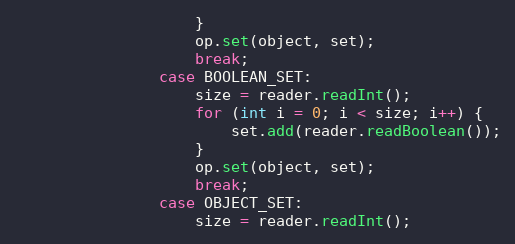
Language: Java
                    }
                    op.set(object, set);
                    break;
                case BOOLEAN_SET:
                    size = reader.readInt();
                    for (int i = 0; i < size; i++) {
                        set.add(reader.readBoolean());
                    }
                    op.set(object, set);
                    break;
                case OBJECT_SET:
                    size = reader.readInt();